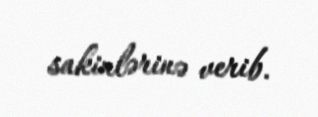
sakinlərinə verib.